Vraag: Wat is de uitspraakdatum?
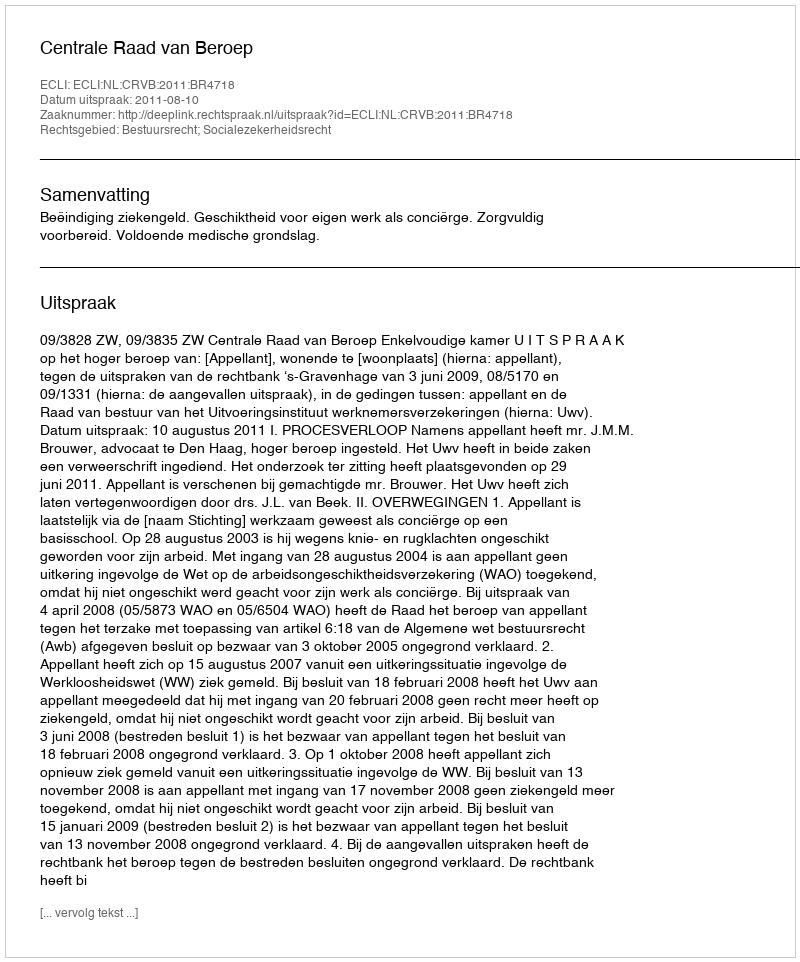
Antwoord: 2011-08-10